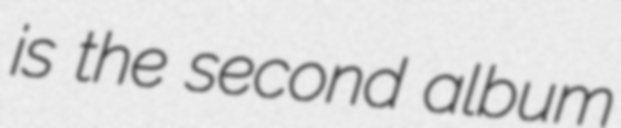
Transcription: is the second album